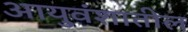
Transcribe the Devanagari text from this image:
आयुवंशातील